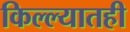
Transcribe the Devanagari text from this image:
किल्ल्यातही